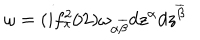
LaTeX: \omega = ( i f _ { \pi } ^ { 2 } / 2 ) \omega _ { \alpha \overline { { { \beta } } } } d z ^ { \alpha } d z ^ { \overline { { { \beta } } } }